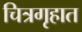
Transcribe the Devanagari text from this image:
चित्रगृहात